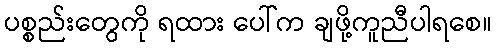
ပစ္စည်းတွေကို ရထား ပေါ်က ချဖို့ကူညီပါရစေ။